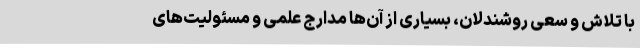
با تلاش و سعی روشندلان، بسیاری از آن‌ها مدارج علمی و مسئولیت‌های